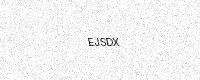
Text: EJSDX